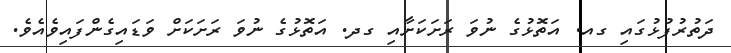
ދަތުރުފުޅުގައި ގއ. އަތޮޅުގެ ނުވަ ރަށަކަށާއި ގދ. އަތޮޅުގެ ނުވަ ރަށަކަށް ވަޑައިގެންފައިވެއެވެ.